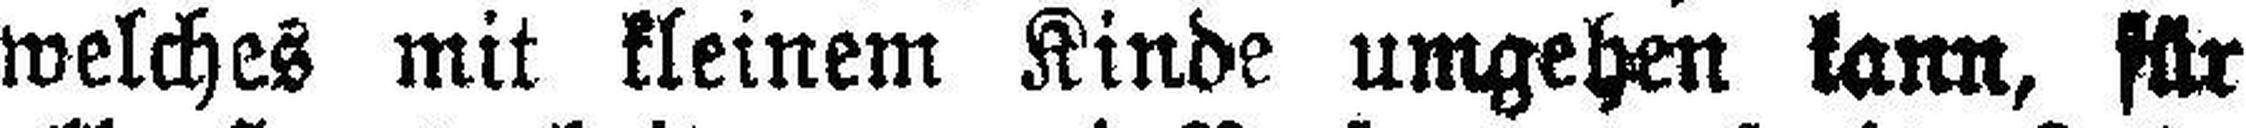
welches mit kleinem Kinde umgehen kann, für